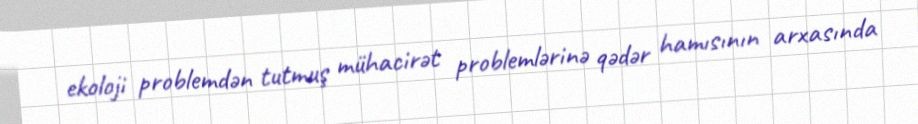
ekoloji problemdən tutmuş mühacirət problemlərinə qədər hamısının arxasında